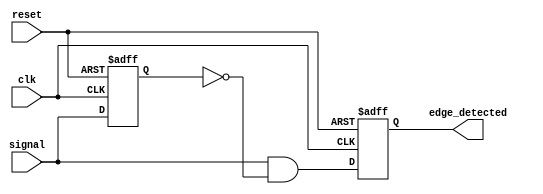
module rising_edge_detector (
    input wire clk,            // Clock input
    input wire reset,          // Asynchronous reset
    input wire signal,         // Input signal to detect rising edge
    output reg edge_detected   // Output signal that indicates a rising edge
);

    reg previous_signal;       // Register to hold the previous state of the input signal

    always @(posedge clk or posedge reset) begin
        if (reset) begin
            previous_signal <= 1'b0; // Reset previous signal to low
            edge_detected <= 1'b0;    // Reset edge detected output
        end else begin
            edge_detected <= (signal && !previous_signal); // Detect rising edge
            previous_signal <= signal; // Update previous signal
        end
    end

endmodule